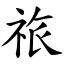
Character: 祣